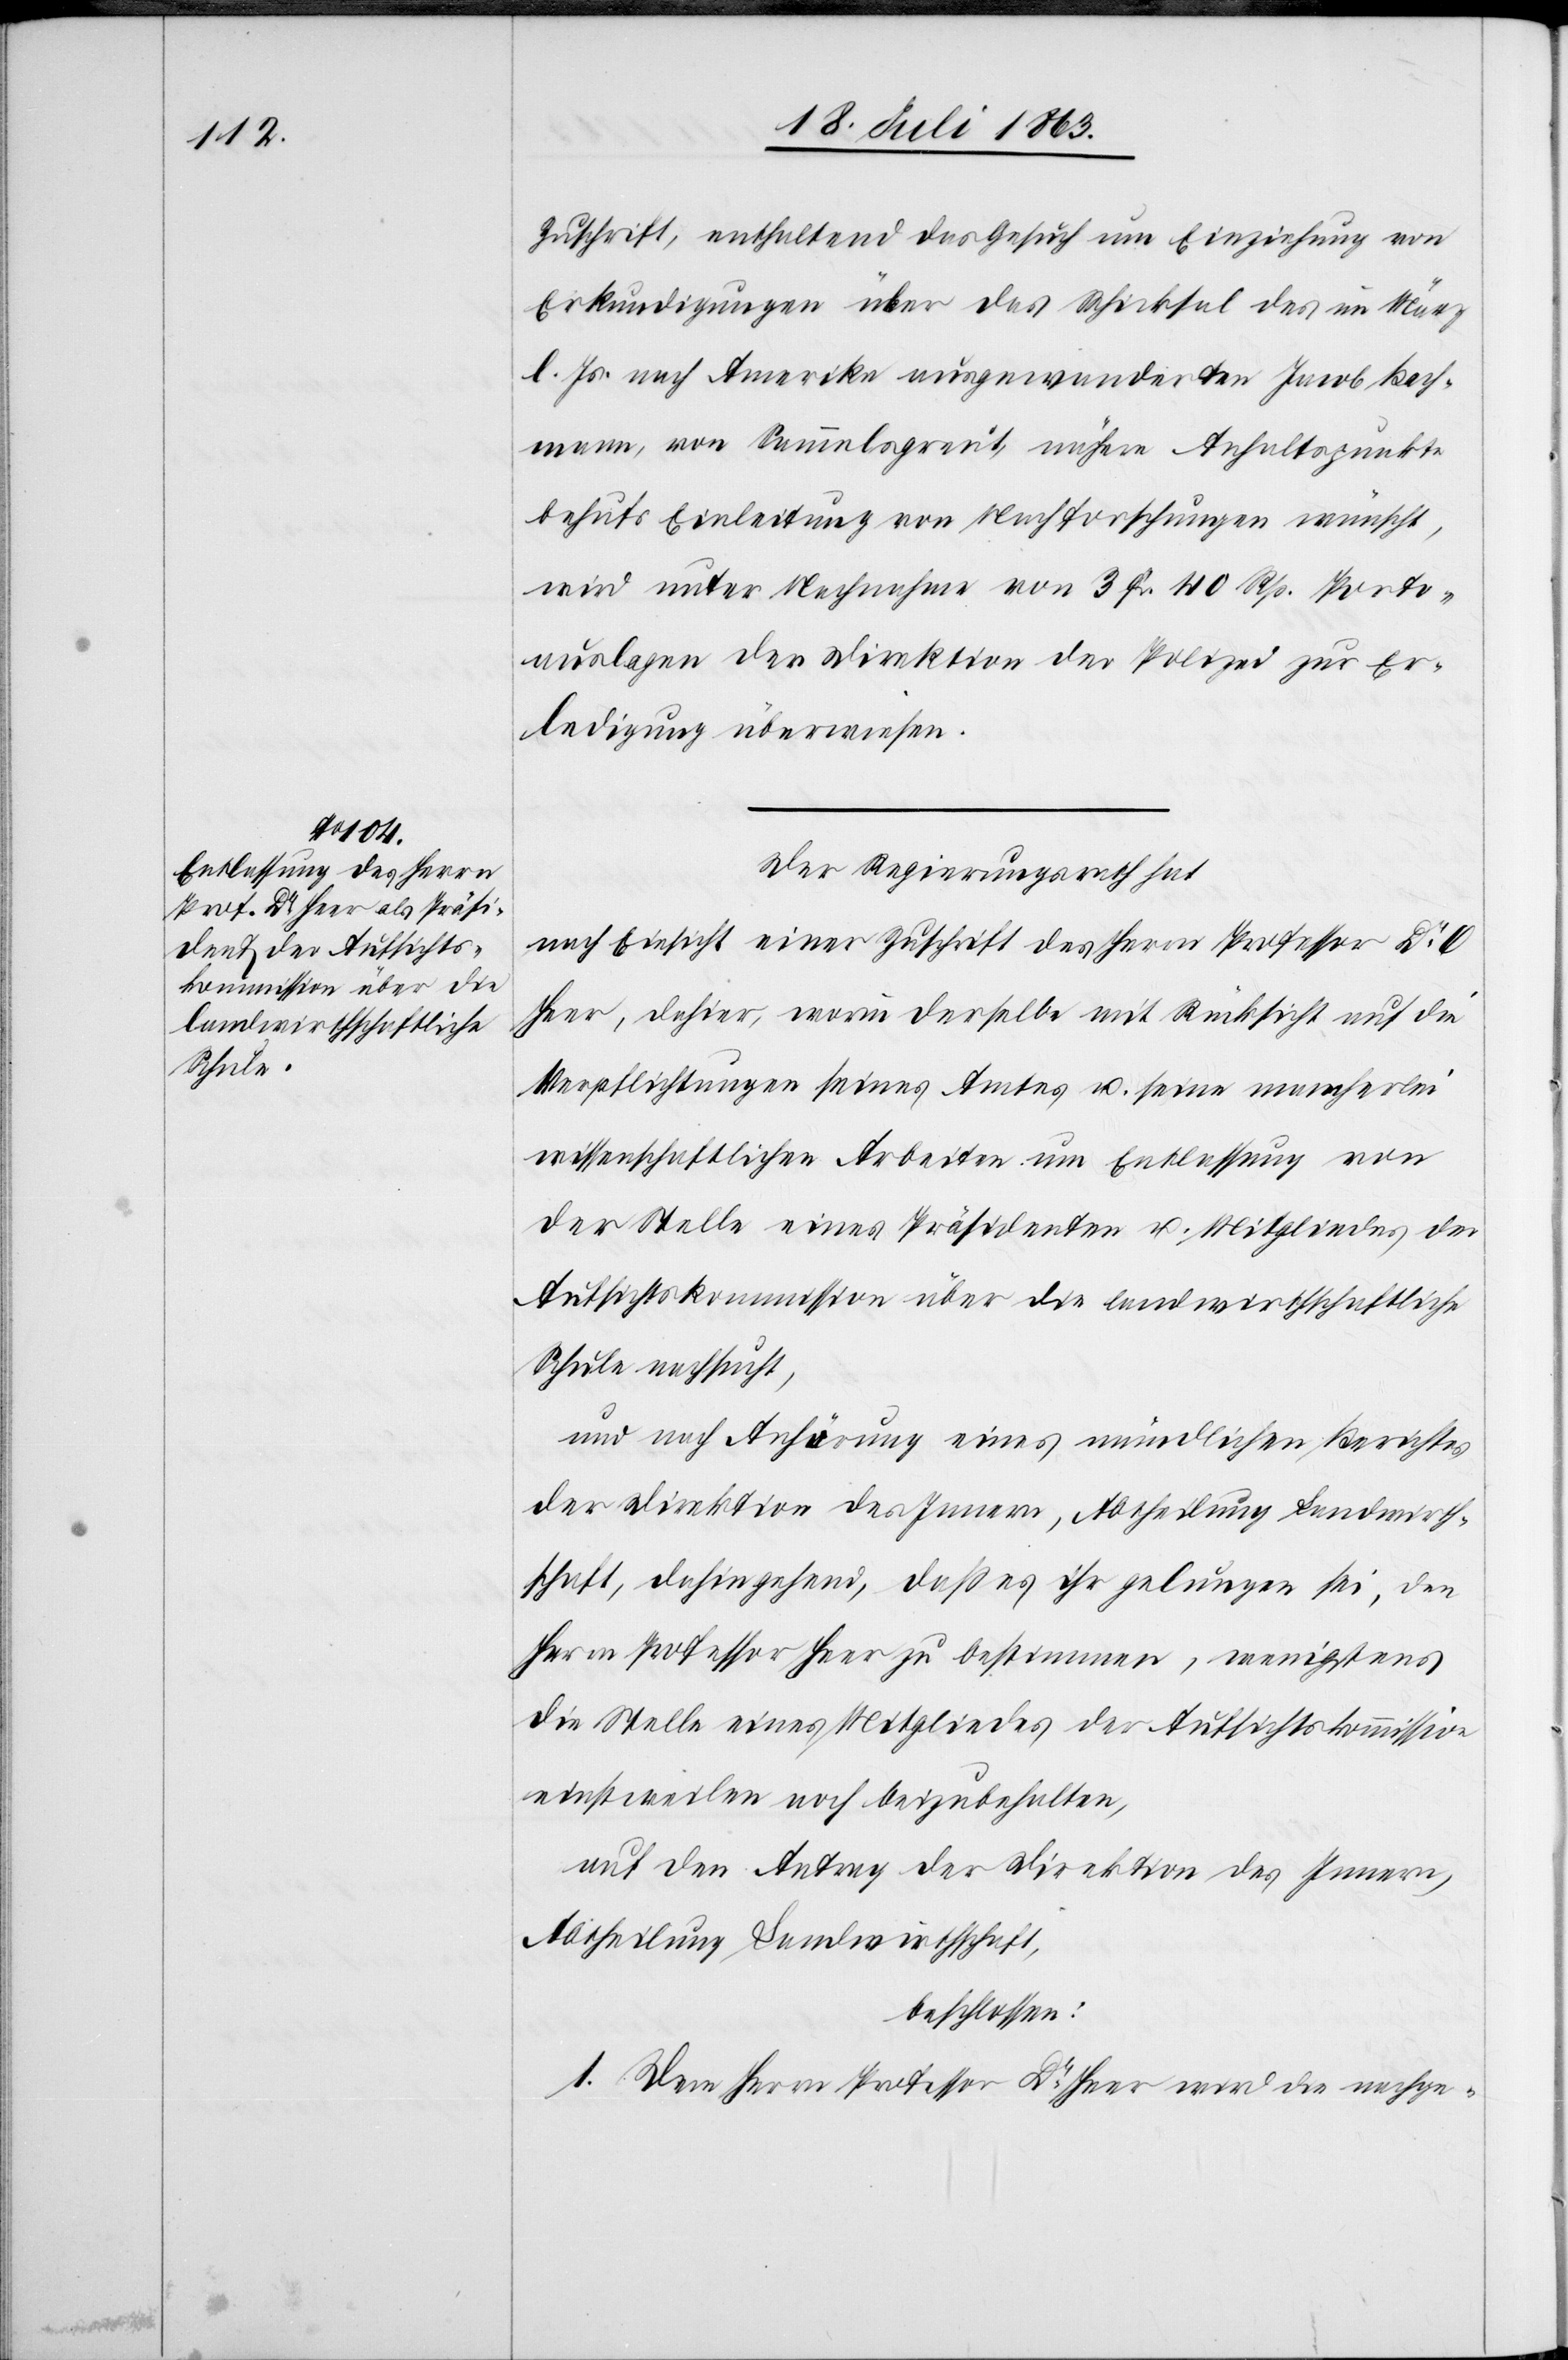
Zuschrift, enthaltend das Gesuch um Einziehung von
Erkundigungen über das Schicksal des im März
l. Js. nach Amerika ausgewanderten Jacob Bach¬
mann, von Sammelsgreut, nähere Anhaltspunkte
behufs Einleitung von Nachforschungen wünscht,
wird unter Nachnahme von 3 Fr. 40 Rp. Porto¬
auslagen der Direktion der Polizei zur Er¬
ledigung überwiesen.
Der Regierungsrath hat
nach Einsicht einer Zuschrift des Herrn Professor Dr O
Heer, dahier, worin derselbe mit Rücksicht auf die
Verpflichtungen seines Amtes u. seine mancherlei
wissenschaftlichen Arbeiten um Entlassung von
der Stelle eines Präsidenten u. Mitgliedes der
Aufsichtskommission über die landwirthschaftliche
Schule nachsucht,
und nach Anhörung eines mündlichen Berichtes
der Direktion des Innern, Abtheilung Landwirth¬
schaft, dahingehend, daß es ihr gelungen sei, den
Herrn Professor Heer zu bestimmen, wenigstens
die Stelle eines Mitgliedes der Aufsichtskommission
einstweilen noch beizubehalten,
auf den Antrag der Direktion des Innern,
Abtheilung Landwirthschaft,
beschlossen:
1. Dem Herrn Professor Dr Heer wird die nachge-